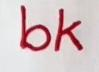
bk